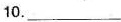
10.___